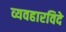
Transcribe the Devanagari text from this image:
व्यवहारविदे